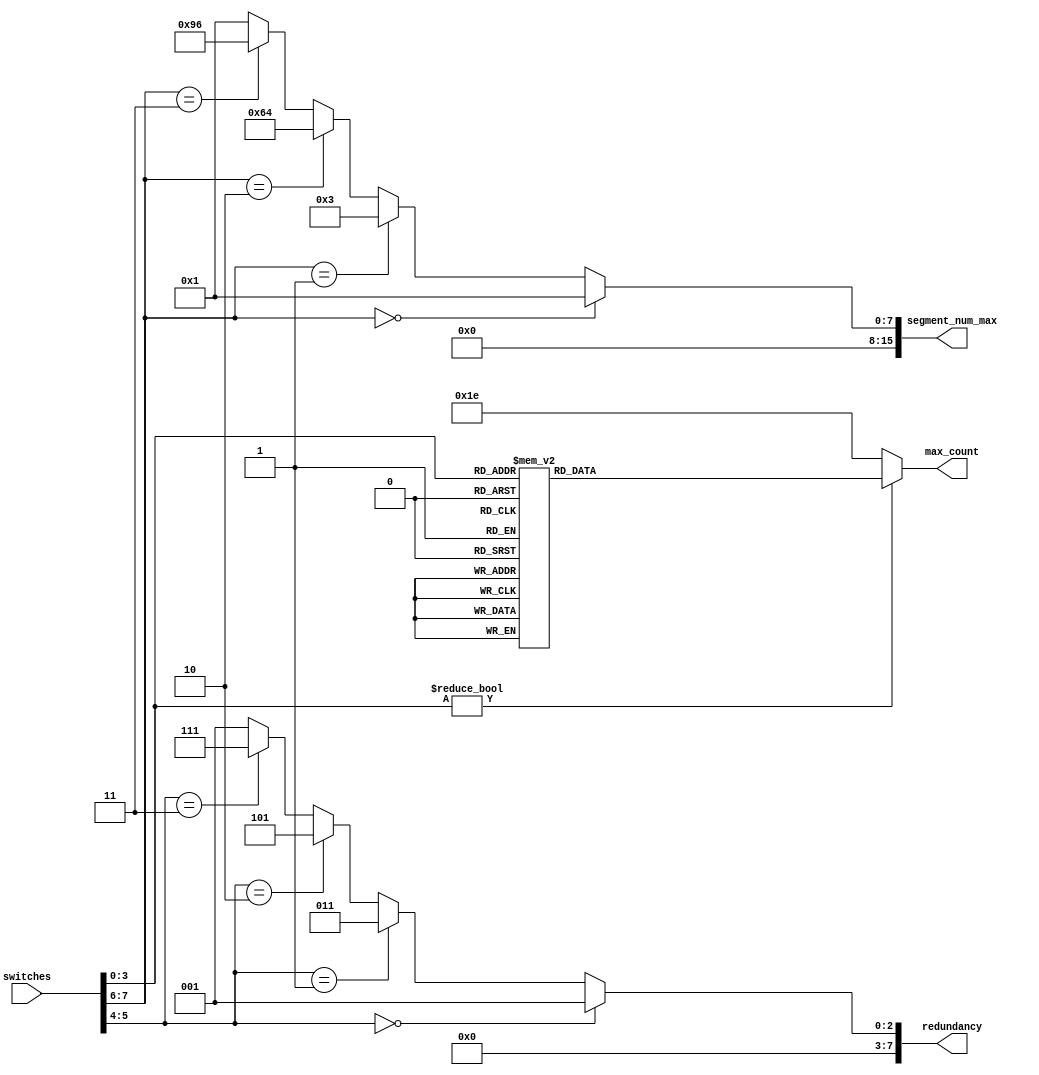
module max_count_gen (
	input wire [7:0] switches,
	output reg [27:0] max_count,
	output wire [15:0] segment_num_max,
	output wire [7:0] redundancy
);

reg [16:0] max_counter_samepacket = 17'd50;
always @(switches) begin
	if (switches[3:0] != 4'b0000) begin
		case (switches[3:0])
			4'b0000:	max_count <= 27'd124999999; // 1 pps , 0.0115Mbps
			4'b0001:	max_count <= 27'd62499999; // 2 pps, 0.023Mbps
			4'b0010:	max_count <= 27'd12499999; // 10 pps, 0.115Mbps
			4'b0011:	max_count <= 27'd6249999; //20 pps   0.23Mbps
			4'b0100:	max_count <= 27'd2499999; // 50 pps, 0.5756Mbps 
			4'b0101:	max_count <= 27'd1249999; //100 pps, 1.15Mbps
			4'b0110:	max_count <= 27'd624999; // 200pps, 2.30Mbps
			4'b0111:	max_count <= 27'd249999; //500 pps, 5.72Mbps
			4'b1000:	max_count <= 27'd124999; // 1000 pps, 11.388Mbps
			4'b1001:	max_count <= 27'd62499; //2000 pps, 22.52Mbps
			4'b1010:	max_count <= 27'd24999; //5000 pps, 54.46Mbps
			4'b1011:	max_count <= 27'd12499; //10000 pps, 103.307Mbps
			4'b1100:	max_count <= 27'd6249; //20000 pps, 187.28Mbps
			4'b1101:	max_count <= 27'd2499; //50000 pps, 365.575Mbps
			4'b1110:	max_count <= 27'd1249; //100000pps, 535.515Mbps
			default:	max_count <= 27'd30; //ok? 979.59Mbps
		endcase
	end
	else begin
		max_count <= 27'd30;
	end

end

assign segment_num_max = (switches[7:6] == 2'b00) ? 1:
															switches[7:6] == 2'b01 ? 3:
															switches[7:6] == 2'b10 ? 100:
															switches[7:6] == 2'b11 ? 150 : 1;
assign redundancy = switches[5:4] == 2'b00 ? 1:
												switches[5:4] == 2'b01 ? 3:
												switches[5:4] == 2'b10 ? 5:
												switches[5:4] == 2'b11 ? 7 : 1;

endmodule